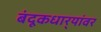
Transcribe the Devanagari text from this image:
बंदूकधार्‍यांवर